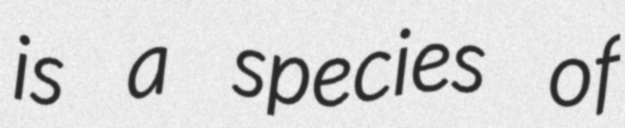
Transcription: is a species of